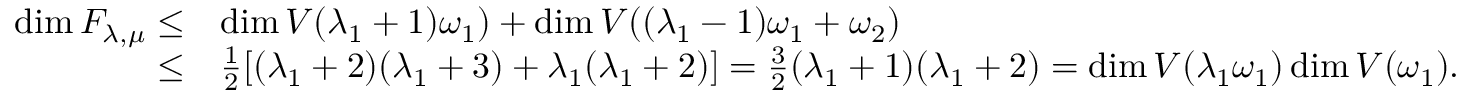
\begin{array} { r l } { \dim \cal F _ { \lambda , \mu } \leq } & { \dim V ( \lambda _ { 1 } + 1 ) \omega _ { 1 } ) + \dim V ( ( \lambda _ { 1 } - 1 ) \omega _ { 1 } + \omega _ { 2 } ) } \\ { \leq } & { \frac { 1 } { 2 } [ ( \lambda _ { 1 } + 2 ) ( \lambda _ { 1 } + 3 ) + \lambda _ { 1 } ( \lambda _ { 1 } + 2 ) ] = \frac { 3 } { 2 } ( \lambda _ { 1 } + 1 ) ( \lambda _ { 1 } + 2 ) = \dim V ( \lambda _ { 1 } \omega _ { 1 } ) \dim V ( \omega _ { 1 } ) . } \end{array}